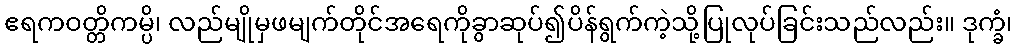
ဧရကဝတ္တိကမ္ပိ၊ လည်မျိုမှဖမျက်တိုင်အရေကိုခွာဆုပ်၍ပိန်ရွက်ကဲ့သို့ပြုလုပ်ခြင်းသည်လည်း။ ဒုက္ခံ၊